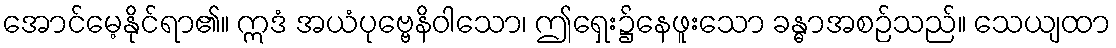
အောင်မေ့နိုင်ရာ၏။ ဣဒံ အယံပုဗ္ဗေနိဝါသော၊ ဤရှေး၌နေဖူးသော ခန္ဓာအစဉ်သည်။ သေယျထာ